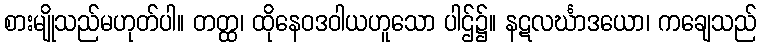
စားမျိုသည်မဟုတ်ပါ။ တတ္ထ၊ ထိုနေဝဒဝါယဟူသော ပါဌ်၌။ နဋလင်္ဃာဒယော၊ ကချေသည်